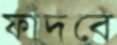
ফাঁদবে